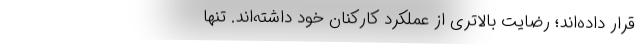
قرار داده‌اند؛ رضایت بالاتری از عملکرد کارکنان خود داشته‌اند. تنها